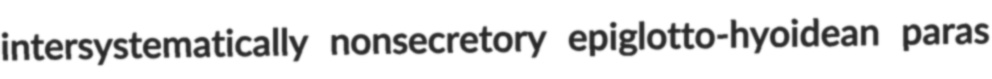
intersystematically nonsecretory epiglotto-hyoidean paras